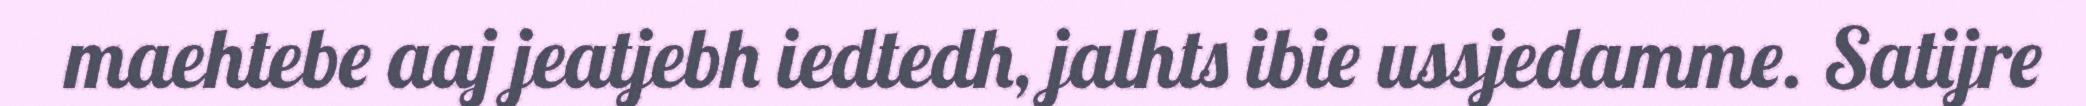
maehtebe aaj jeatjebh iedtedh, jalhts ibie ussjedamme. Satijre